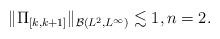
LaTeX: \begin{align*}\|\Pi_{[k,k+1]}\|_{\mathcal{B}(L^2, L^{\infty})}\lesssim 1,n=2.\end{align*}